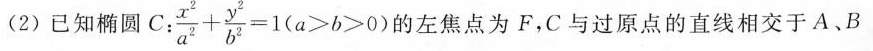
(2)已知椭圆C:$$\frac { x ^ { 2 } } { a ^ { 2 } } + \frac { y ^ { 2 } } { b ^ {